Report on vaccination in Madras 1904-1921 - 1904-1921
Year: 1904
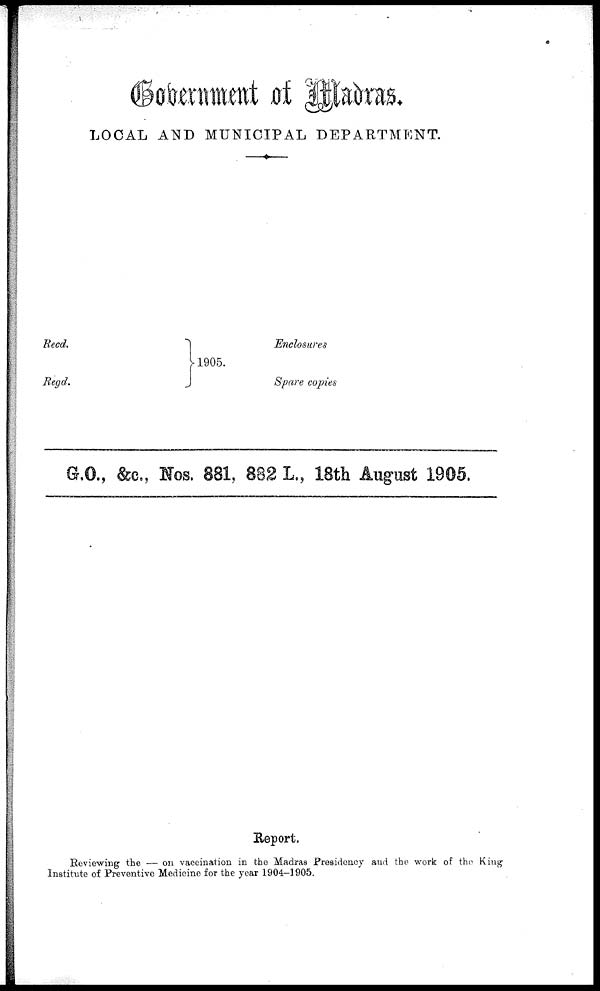
Government of Madras.
LOCAL AND MUNICIPAL DEPARTMENT.
Recd.
Regd.
1905.
Enclosures
Spare copies
G.O., &c., Nos. 881, 882 L., 18th August 1905.
Report.
Reviewing the — on vaccination in the Madras Presidency and the work of the King
Institute of Preventive Medicine for the year 1904-1905.